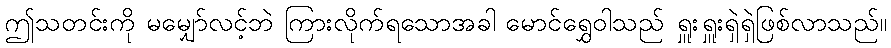
ဤသတင်းကို မမျှော်လင့်ဘဲ ကြားလိုက်ရသောအခါ မောင်ရွှေဝါသည် ရှူးရှူးရှဲရှဲဖြစ်လာသည်။